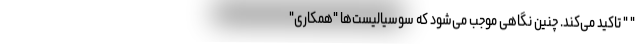
" " تاکید می‌کند. چنین نگاهی موجب می‌شود که سوسیالیست‌ها "همکاری"